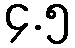
၄.၅